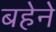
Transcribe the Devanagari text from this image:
बहेने